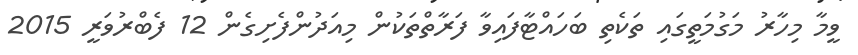
ވީމާ މިހާރު މަގުމަތީގައި ތަކެތި ބަހައްޓާފައިވާ ފަރާތްތަކުން މިއަދުންފެށިގެން 12 ފެބްރުވަރީ 2015